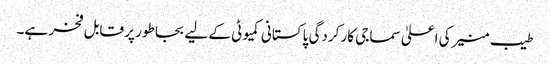
طیب منیر کی اعلیٰ سماجی کار کردگی پاکستانی کمیوٹی کے لیے بجا طور پر قابل فخر ہے۔